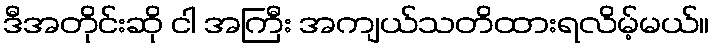
ဒီအတိုင်းဆို ငါ အကြီး အကျယ်သတိထားရလိမ့်မယ်။